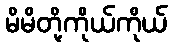
မိမိတို့ကိုယ်ကိုယ်